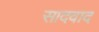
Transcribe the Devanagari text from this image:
सादवाद